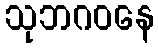
သုဘဂဝနေ